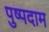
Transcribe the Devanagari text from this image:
पुष्पदाम